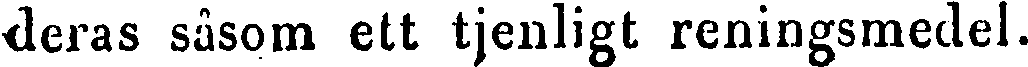
deras såsom ett tjenligt reningsmedel.